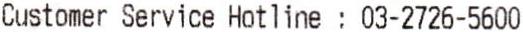
CUSTOMER SERVICE HOTLINE : 03-2726-5600